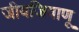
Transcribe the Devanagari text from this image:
जीवजिवाणू